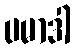
ပမာဒါ